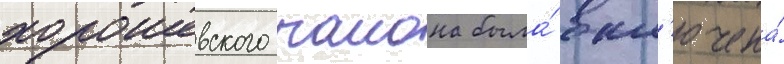
хорошевского раиона была́ вкл'ючена́